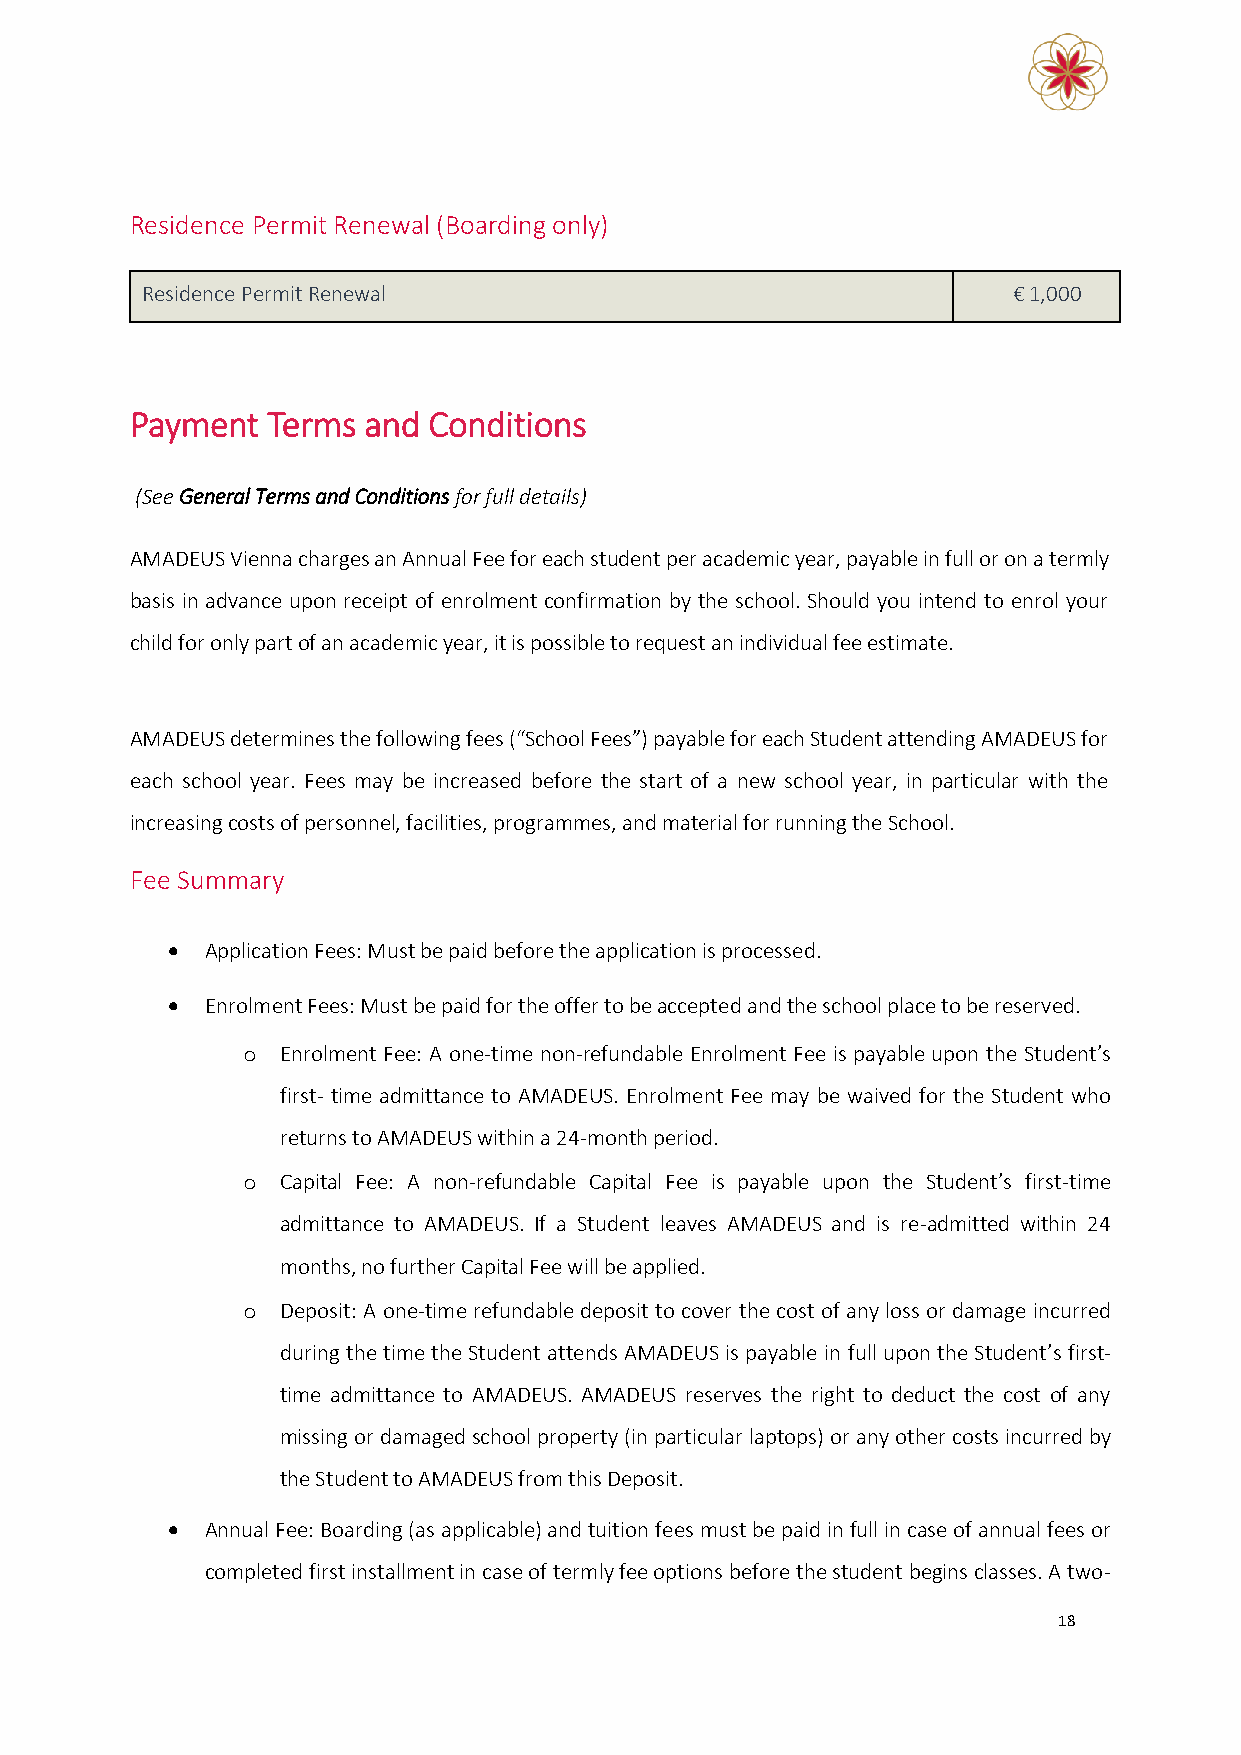
Residence Permit Renewal (Boarding only)
 Residence Permit Renewal                                  € 1,000
 Payment  Terms and Conditions
 (See General Terms and Conditions for full details)
 AMADEUS Vienna charges an Annual Fee for each student per academic year, payable in full or on a termly
 basis in advance upon receipt of enrolment confirmation by the school. Should you intend to enrol your
 child for only part of an academic year, it is possible to request an individual fee estimate.
 AMADEUS determines the following fees (“School Fees”) payable for each Student attending AMADEUS for
 each school year. Fees may be increased before the start of a new school year, in particular with the
 increasing costs of personnel, facilities, programmes, and material for running the School.
 Fee Summary
 •  Application Fees: Must be paid before the application is processed.
 •  Enrolment Fees: Must be paid for the offer to be accepted and the school place to be reserved.
 o  Enrolment Fee: A one-time non-refundable Enrolment Fee is payable upon the Student’s
 first- time admittance to AMADEUS. Enrolment Fee may be waived for the Student who
 returns to AMADEUS within a 24-month period.
 o  Capital Fee: A non-refundable Capital Fee is payable upon the Student’s first-time
 admittance to AMADEUS. If a Student leaves AMADEUS and is re-admitted within 24
 months, no further Capital Fee will be applied.
 o  Deposit: A one-time refundable deposit to cover the cost of any loss or damage incurred
 during the time the Student attends AMADEUS is payable in full upon the Student’s first-
 time admittance to AMADEUS. AMADEUS reserves the right to deduct the cost of any
 missing or damaged school property (in particular laptops) or any other costs incurred by
 the Student to AMADEUS from this Deposit.
 •  Annual Fee: Boarding (as applicable) and tuition fees must be paid in full in case of annual fees or
 completed first installment in case of termly fee options before the student begins classes. A two-
 18